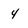
Character: 4